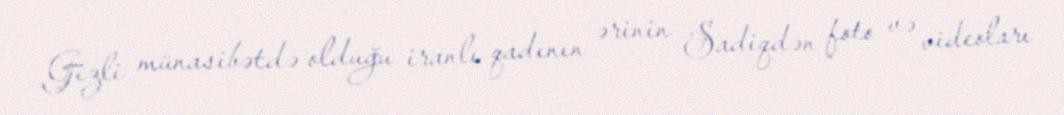
Gizli münasibətdə olduğu iranlı qadının ərinin Sadiqdən foto və videoları